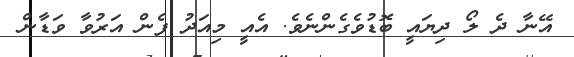
އޭނާ ދެ ލޯ ދިޔައީ ބޮޑުވެގެންނެވެ. އެއީ މިއަދު ފެން އަރުވާ ވަޑާން